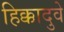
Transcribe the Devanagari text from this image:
हिक्कादुवे